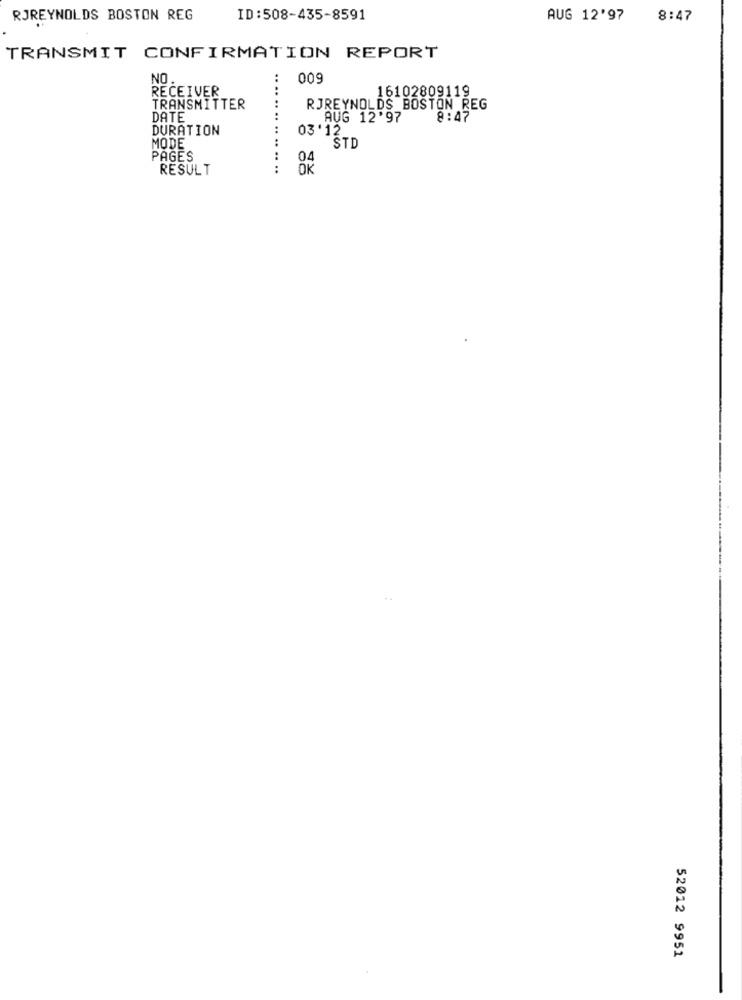
RJREYNOLDS BOSTON REG
ID:508-435-8591
AUG 12'97
8:47
TRANSMIT CONFIRMATION REPORT
ON
009
RECEIVER
....
16102809119
TRANSMITTER
RJREYNOLDS BOSTON REG
DATE
AUG 12'97
8:47
DURATION
03'12
MODE
STD
PAGES
04
RESULT
ÖK
52012 9951